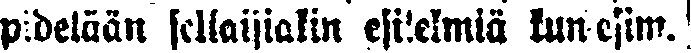
pidetään sellaisiakin esitelmiä kuin esim.